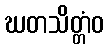
ဃတသိတ္တံဝ